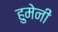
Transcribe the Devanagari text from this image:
हुमेनी